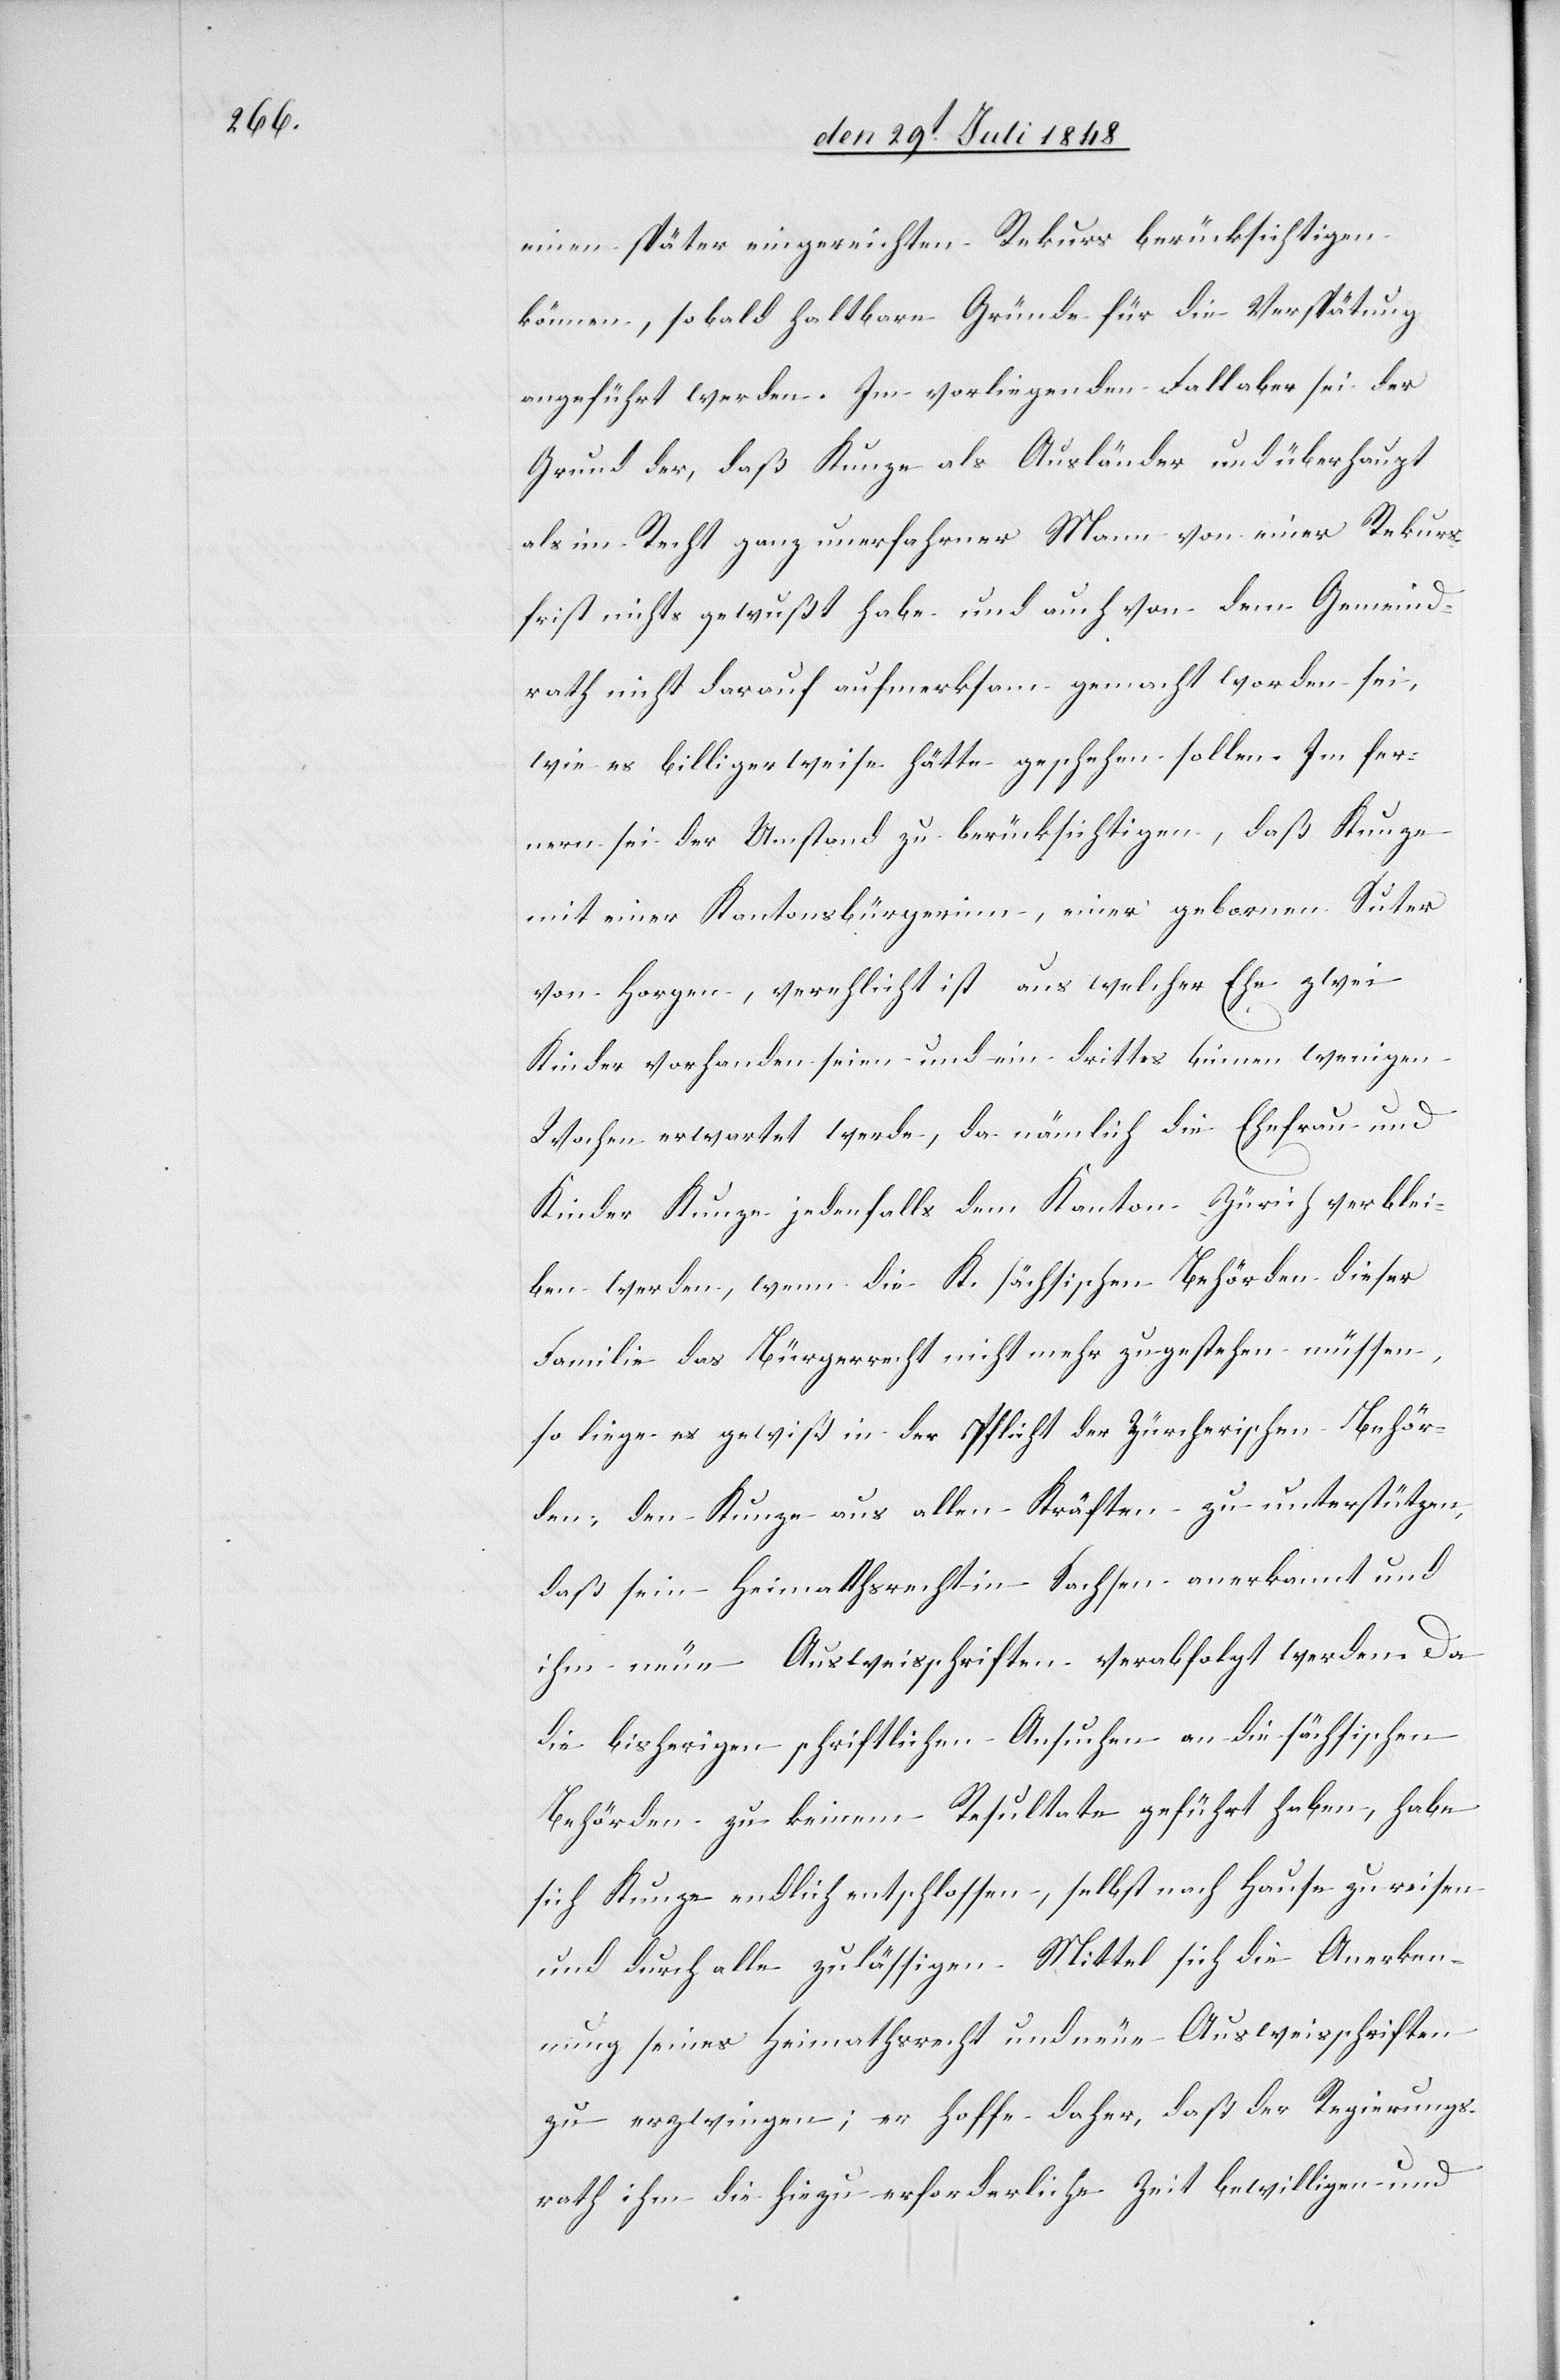
einen später eignereichten Rekurs berücksichtigen
können, sobald haltbare Gründe für die Verspätung
angeführt werden. Im vorliegenden Fall aber sei der
Grund der, daß Kunze als Ausländer und überhaupt
als im Recht ganz unerfahrner Mann von einer Rekurs¬
frist nichts gewußt habe und auch von dem Gemeind¬
rath nicht darauf aufmerksam gemacht worden sei,
wie es billigerweise hätte geschehen sollen. Im fer¬
nern sei der Umstand zu berücksichtigen, daß Kunze
mit einer Kantonsbürgerinn, einer gebornen Suter
von Horgen, verehlicht ist aus welcher Ehe zwei
Kinder vorhanden seien, und ein drittes binnen wenigen
Wochen erwartet werde, da nämlich die Ehefrau und
Kinder Kunze jedenfalls dem Kanton Zürich verblei¬
ben werden, wenn die K. sächsischen Behörden dieser
Familie das Bürgerrecht nicht mehr zugestehen müssen,
so liege es gewiß in der Pflicht der Zürcherischen Behör¬
den, den Kunze aus allen Kräften zu unterstützen,
daß sein Heimathsrecht in Sachsen anerkannt und
ihm neue Ausweisschriften verabfolgt werden. Da
die bisherigen schriftlichen Ansuchen an die sächsischen
Behörden zu keinem Resultate geführt haben, habe
sich Kunze endlich entschlossen, selbst nach Hause zu reisen
und durch alle zulässigen Mittel sich die Anerken¬
nung seines Heimatrecht und neue Ausweisschriften
zu erzwingen; er hoffe daher, daß der Regierungs¬
rath ihm die hiezu erforderliche Zeit bewilligen und